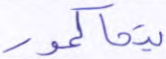
يتحاكموا